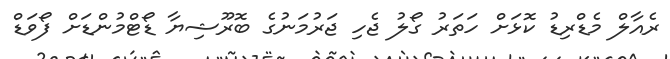
ރެއާލް މެޑްރިޑު ކޮޅަށް ހަތަރު ގޯލު ޖެހި ޖަރުމަނުގެ ބޮރޫޝިޔާ ޑޯޓްމުންޑަށް ފޯވަޑް